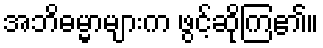
အဘိဓမ္မာများက ဖွင့်ဆိုကြ၏။